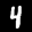
Label: 4